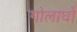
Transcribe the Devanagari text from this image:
गोलार्घो